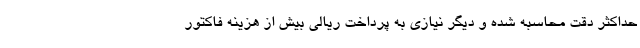
حداکثر دقت محاسبه شده و دیگر نیازی به پرداخت ریالی بیش از هزینه فاکتور